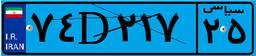
۷۴D۲۱۷۲۵